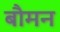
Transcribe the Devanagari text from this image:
बौमन